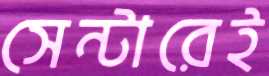
সেন্টারেই